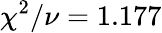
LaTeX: \chi^{2}/\nu=1.177